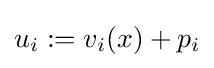
u_{i}:=v_{i}(x)+p_{i}